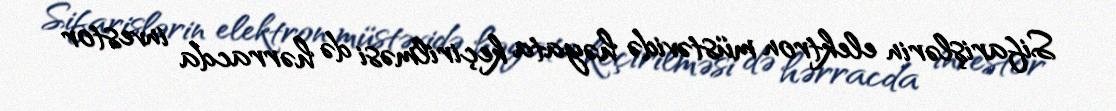
Sifarişlərin elektron müstəvidə həyata keçirilməsi də hərracda investor